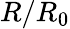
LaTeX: R/R_{0}